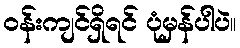
ဝန်းကျင်ရှိရင် ပုံမှန်ပါပဲ။